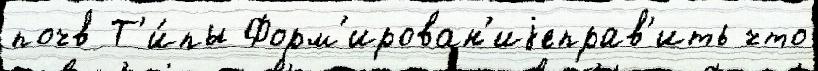
почв Т'и́пы Форм'ирован'иjеправ'ить что